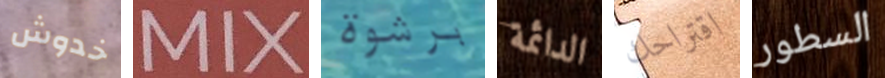
خدوش MIX برشوة الدائمة اقتراحك السطور